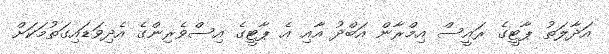
އަދާލަތު ޕާޓީގެ ރައީސް އިމްރާން އަބްދު އާއި އެ ޕާޓީގެ އިސްވެރިންގެ އެދިވަޑައިގަތުމަކަށް